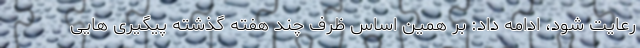
رعایت شود، ادامه داد: بر همین اساس ظرف چند هفته گذشته پیگیری هایی